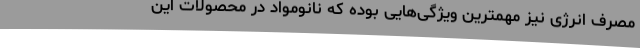
مصرف انرژی نیز مهمترین ویژگی‌هایی بوده که نانومواد در محصولات این